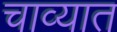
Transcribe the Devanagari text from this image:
चाव्यात